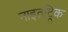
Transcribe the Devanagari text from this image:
नाइतट्रिक